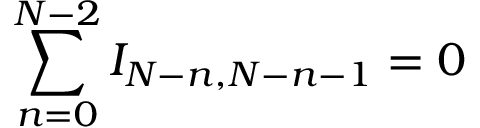
\sum _ { n = 0 } ^ { N - 2 } I _ { N - n , N - n - 1 } = 0